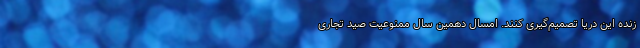
زنده این دریا تصمیم‌گیری کنند. امسال دهمین سال ممنوعیت صید تجاری